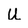
Character: U